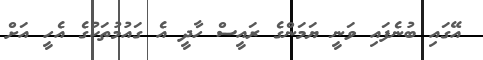
އޭގައި ބުނެފައި ވަނީ ޔަމަންގެ ރައީސް ހާދީ އެ ގައުމުތަކުގެ އެހީ އަށް